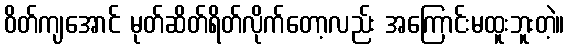
ဝိတ်ကျအောင် မုတ်ဆိတ်ရိတ်လိုက်တော့လည်း အကြောင်းမထူးဘူးတဲ့။